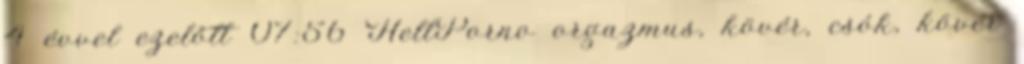
4 évvel ezelőtt 07:56 HellPorno orgazmus, kövér, csók, kövér